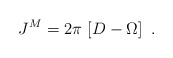
\begin{align*}J^{M} = 2 \pi \, \left[ D - \Omega \right] \ .\end{align*}